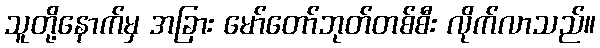
သူတို့နောက်မှ အခြား မော်တော်ဘုတ်တစ်စီး လိုက်လာသည်။